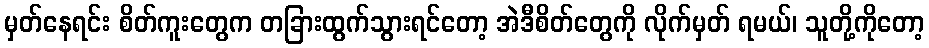
မှတ်နေရင်း စိတ်ကူးတွေက တခြားထွက်သွားရင်တော့ အဲဒီစိတ်တွေကို လိုက်မှတ် ရမယ်၊ သူတို့ကိုတော့